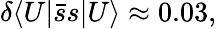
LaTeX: \delta\langle U|\bar{s}s|U\rangle\approx 0.03,